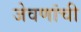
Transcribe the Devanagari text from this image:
जेवणांची